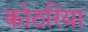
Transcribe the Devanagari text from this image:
कोठरिया